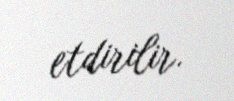
etdirilir.